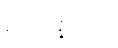
ဥတုနိယာ